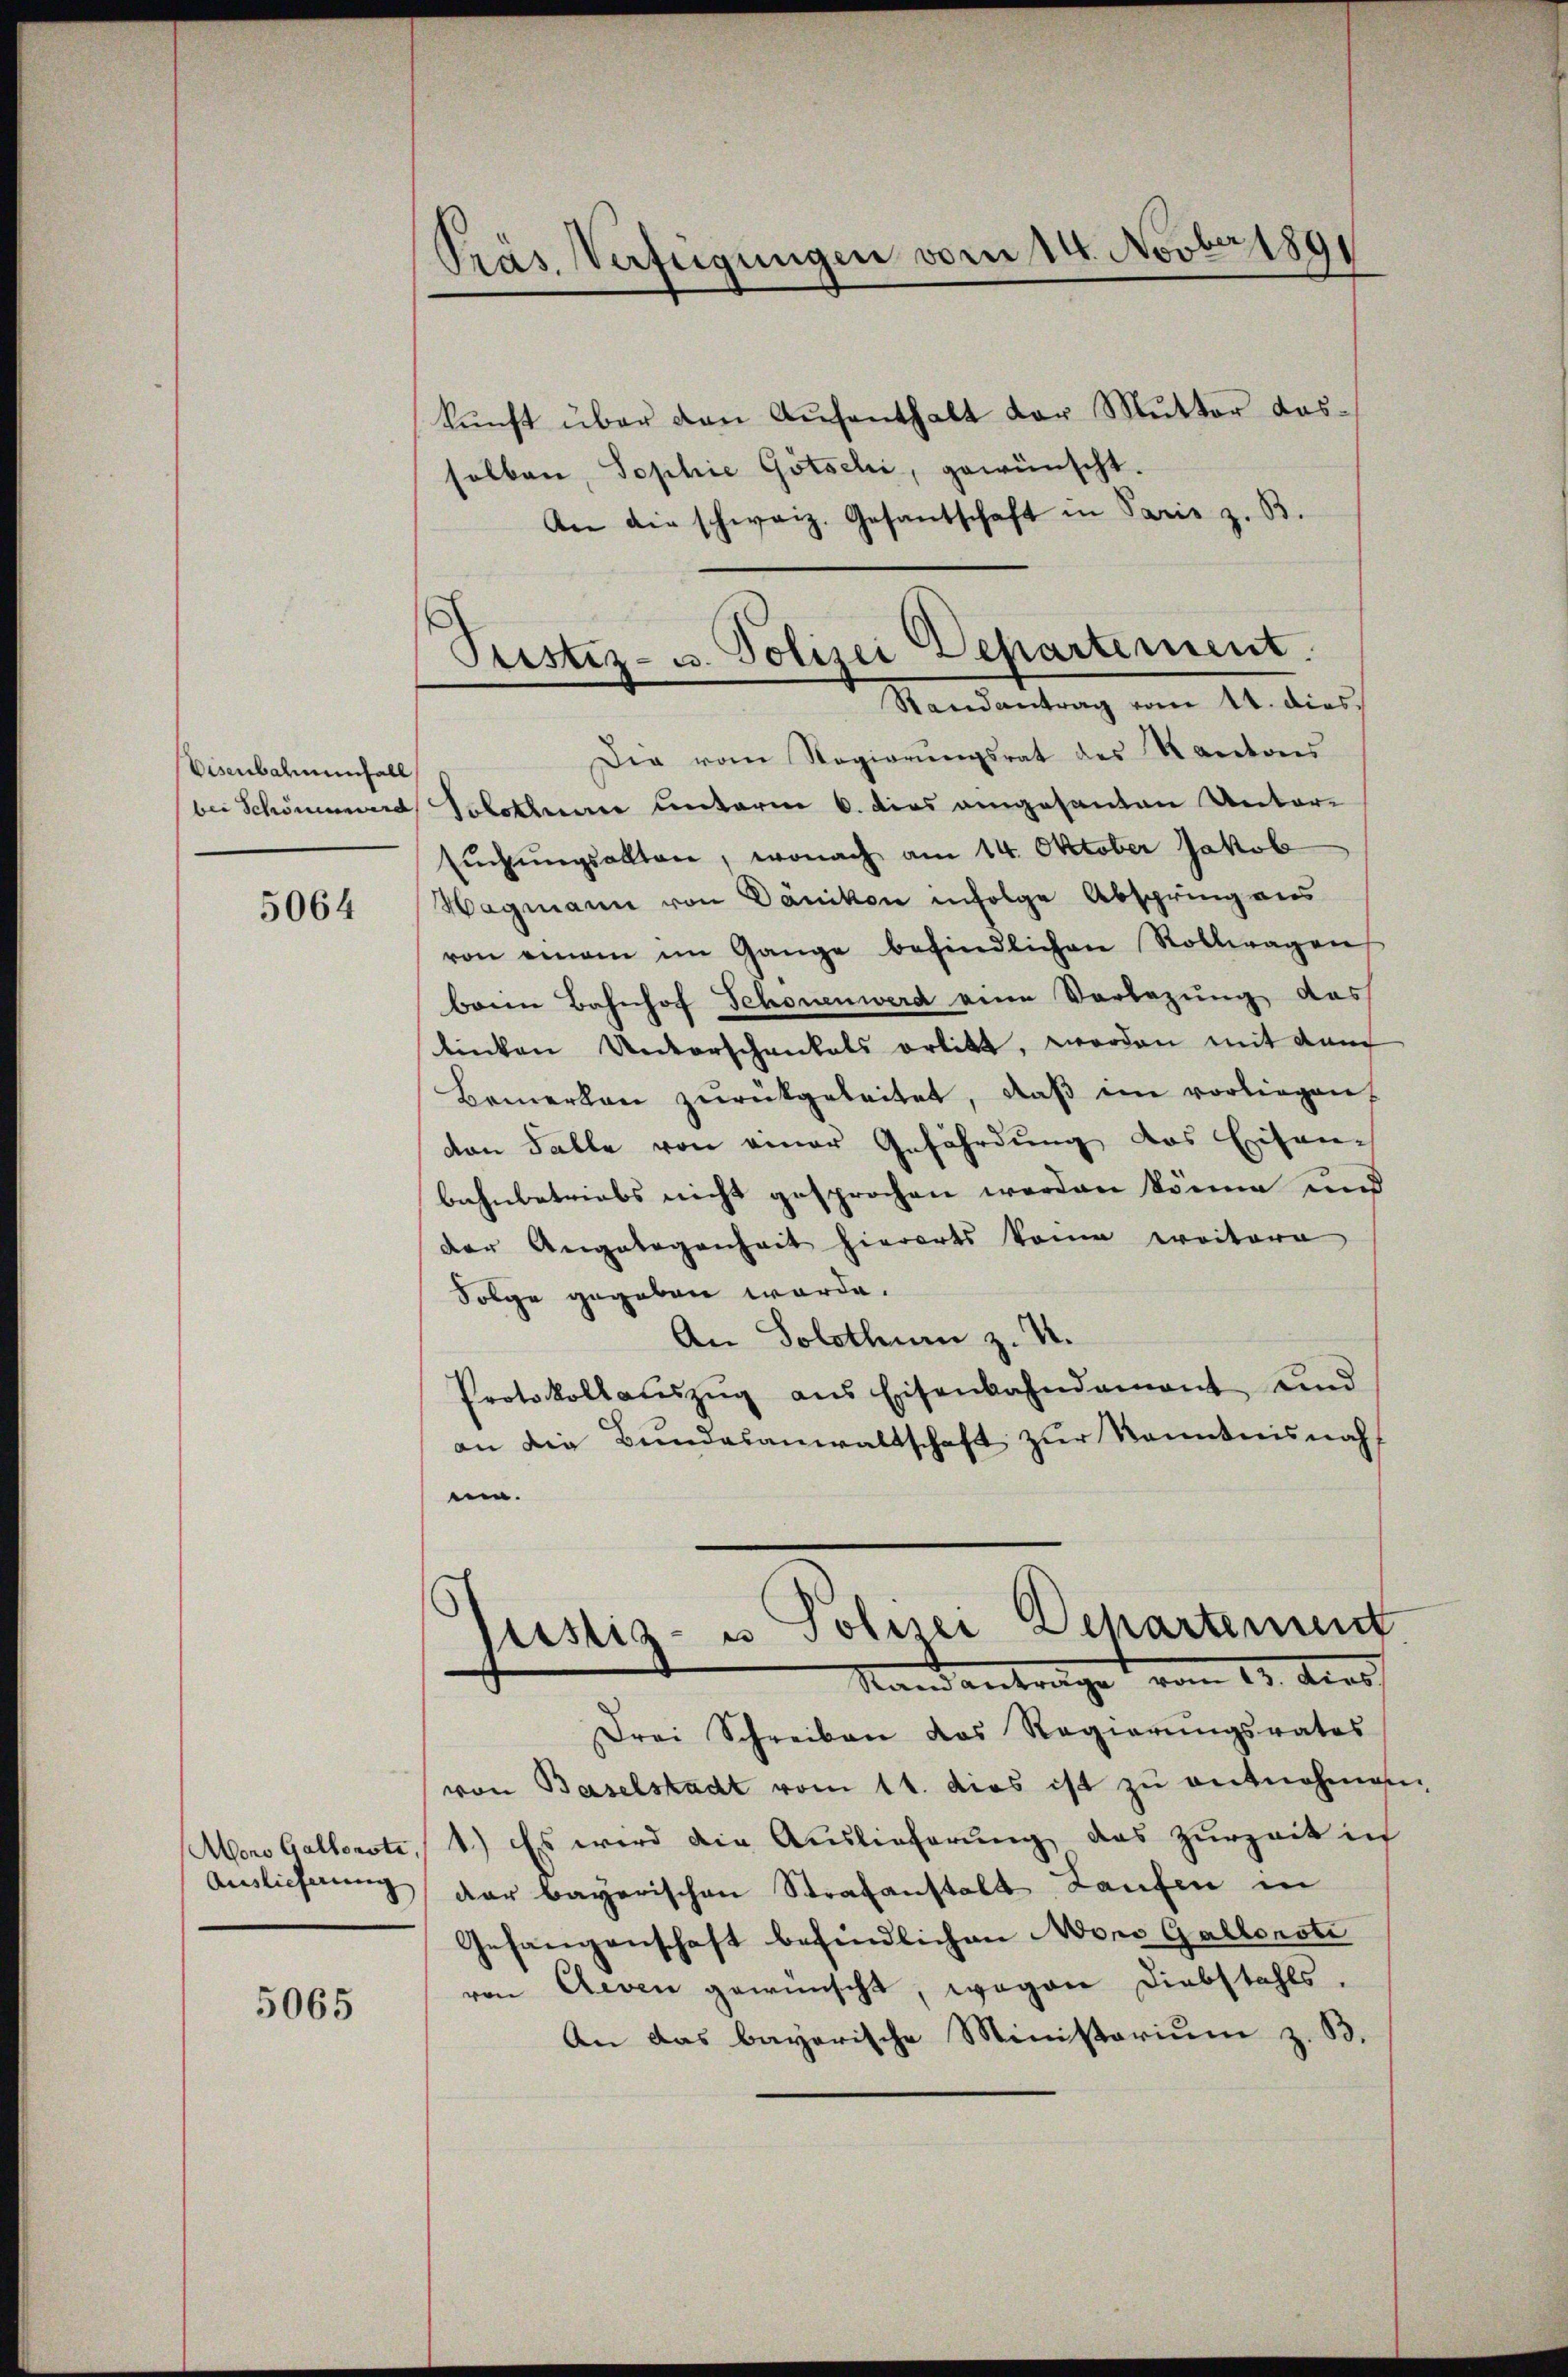
Visenbahnenfall
bei Schönerd

5064

5065

Präs. Verfügungen vom 14. Novber 1891

Pristiz- u. Polizei Departement.
Randantrag vom 14. dies

kŭnft über den Aŭfenthalt der Mŭtter das
solben, Sophie Götschi, gewünscht.
An die schweiz. Gesantschaft in Paris z. B.
Die vom Regierŭngsrat des Kantons
Solothurn unterm 6. dies eingesanten Untersuchungsalten, wonach am 14. Oktober Jakob
Wagmann von Dänikon infolge Absprung aus
von einem im Gange befindlichen Rollwagen
beim Bahnhof Schonenwerd eine Vorlegung das
linken Unterschankals erlitt, worden mit den
Bemerken zŭrückgeleitet, daβ im vorliegen
von Falle von einer Gefährdung das Eisenbahnbetriebs nicht gesprochen werden könne und
der Angelegenheit hierorts kann weitere
Solge gegeben werde.
An Solothurn z. B.
Protokollaŭszŭg ans Eisenbahndament und
an die Bundesanwaltschaft zur Kenntnisnah
ui.
Justiz- u Polizei Departement
Stand antrage vom 11. Aus
Drei Schreiben das Regierŭngsrates
von Baselstadt vom 11. dies ist zŭ entnehmes
Moro Gallenste, 1.) Es wird die Auslieferung das Zurzeit in
Anslicherŭng der bayerischen Strafanstalt Laufen in
Gefangenschaft befindlichen Mono Gallonsti
von Aeven gewünscht, wegen Diebstahls.
An das bayerische Ministerium z. B.

.